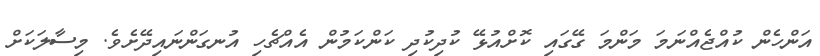
އަންހެން ކުއްޖެއްނަމަ މަންމަ ގޭގައި ކޮށްއުޅޭ ކުދިކުދި ކަންކަމުން އެއްޗެހި އުނގަންނައިދޭށެވެ. މިސާލަކަށް